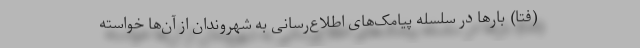
(فتا) بارها در سلسله پیامک‌های اطلاع‌رسانی به شهروندان از آن‌ها خواسته